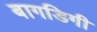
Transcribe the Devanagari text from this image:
बागडिगी